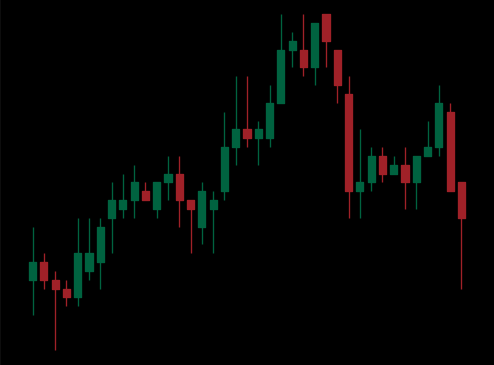
Pattern: bear_flag